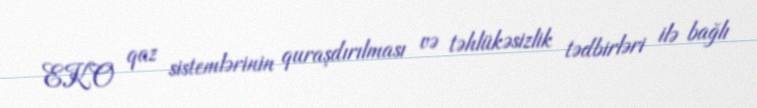
EKO qaz sistemlərinin quraşdırılması və təhlükəsizlik tədbirləri ilə bağlı